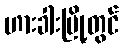
ဟားခါးမြို့တွင်